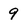
Character: 9